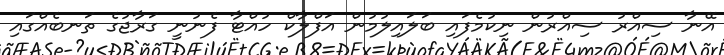
އޭނާ ސިއްރު ސިއްރުން ނިކުމެފައި ބަލައިލުމުން އަފްލާކް ހުއްޓާ ފެނުނީ ގަރާޖުގެ ތަނބެއްގައި